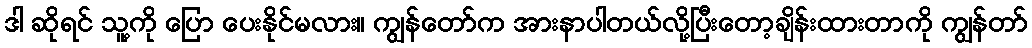
ဒါ ဆိုရင် သူ့ကို ပြော ပေးနိုင်မလား။ ကျွန်တော်က အားနာပါတယ်လို့ပြီးတော့ချိန်းထားတာကို ကျွန်တာ်